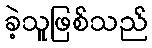
ခဲ့သူဖြစ်သည်